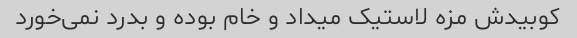
کوبیدش مزه لاستیک میداد و خام بوده و بدرد نمی‌خورد